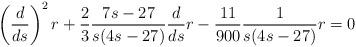
LaTeX: \begin{align*}\left(\frac{d}{ds}\right)^2r+\frac{2}{3}\frac{7s-27}{s(4s-27)}\frac{d}{ds}r-\frac{11}{900}\frac{1}{s(4s-27)}r=0\end{align*}